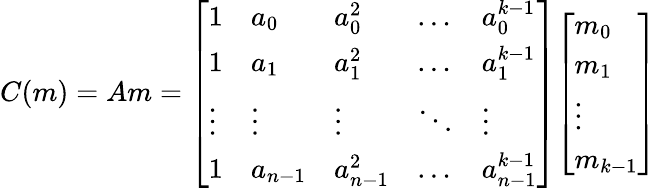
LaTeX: C(m)=Am={\left[\begin{array}{lllll}{1}&{a_{0}}&{a_{0}^{2}}&{\dots}&{a_{0}^{k-1}}\\ {1}&{a_{1}}&{a_{1}^{2}}&{\dots}&{a_{1}^{k-1}}\\ {\vdots}&{\vdots}&{\vdots}&{\ddots}&{\vdots}\\ {1}&{a_{n-1}}&{a_{n-1}^{2}}&{\dots}&{a_{n-1}^{k-1}}\end{array}\right]}{\left[\begin{array}{l}{m_{0}}\\ {m_{1}}\\ {\vdots}\\ {m_{k-1}}\end{array}\right]}